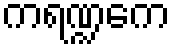
ကရဏ္ဍကေ